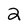
Character: 2